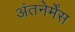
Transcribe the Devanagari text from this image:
अंतनेर्मेंस